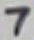
Text: 7